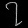
Digit: ၇